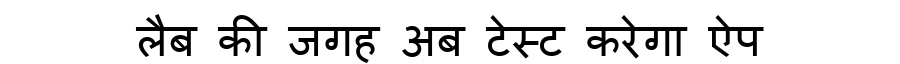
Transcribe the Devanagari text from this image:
लैब की जगह अब टेस्ट करेगा ऐप